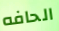
الحافه